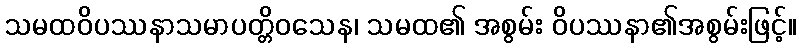
သမထဝိပဿနာသမာပတ္တိဝသေန၊ သမထ၏ အစွမ်း ဝိပဿနာ၏အစွမ်းဖြင့်။